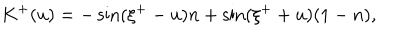
K ^ { + } ( u ) = - \sin ( \xi ^ { + } - u ) n + \sin ( \xi ^ { + } + u ) ( 1 - n ) ,